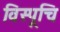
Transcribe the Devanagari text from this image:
विस्पूचि